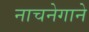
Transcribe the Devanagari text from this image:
नाचनेगाने